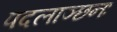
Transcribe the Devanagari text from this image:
पदलाञ्छनः